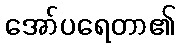
အော်ပရေတာ၏